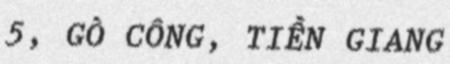
5, GÒ CÔNG, TIỀN GIANG